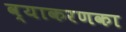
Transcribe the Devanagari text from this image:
व्याकरणका